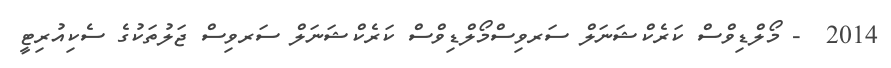
2014  - މޯލްޑިވްސް ކަރެކްޝަނަލް ސަރވިސްމޯލްޑިވްސް ކަރެކްޝަނަލް ސަރވިސް ޖަލުތަކުގެ ސެކިއުރިޓީ